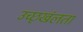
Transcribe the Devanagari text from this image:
उच्छृखंलता